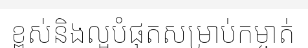
ខ្ពស់និងល្អបំផុតសម្រាប់កម្ចាត់